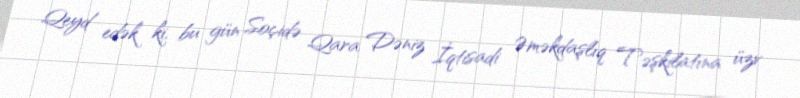
Qeyd edək ki, bu gün Soçidə Qara Dəniz İqtisadi Əməkdaşlıq Təşkilatına üzv